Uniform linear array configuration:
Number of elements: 12
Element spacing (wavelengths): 0.25
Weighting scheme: binomial
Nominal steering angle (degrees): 0
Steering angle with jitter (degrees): -1.245
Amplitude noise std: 0.05
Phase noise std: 0.05

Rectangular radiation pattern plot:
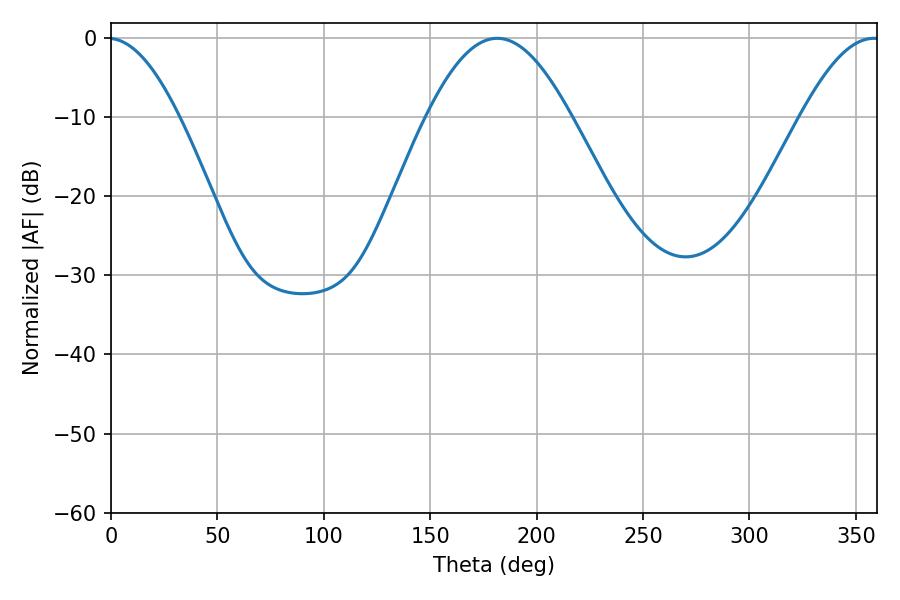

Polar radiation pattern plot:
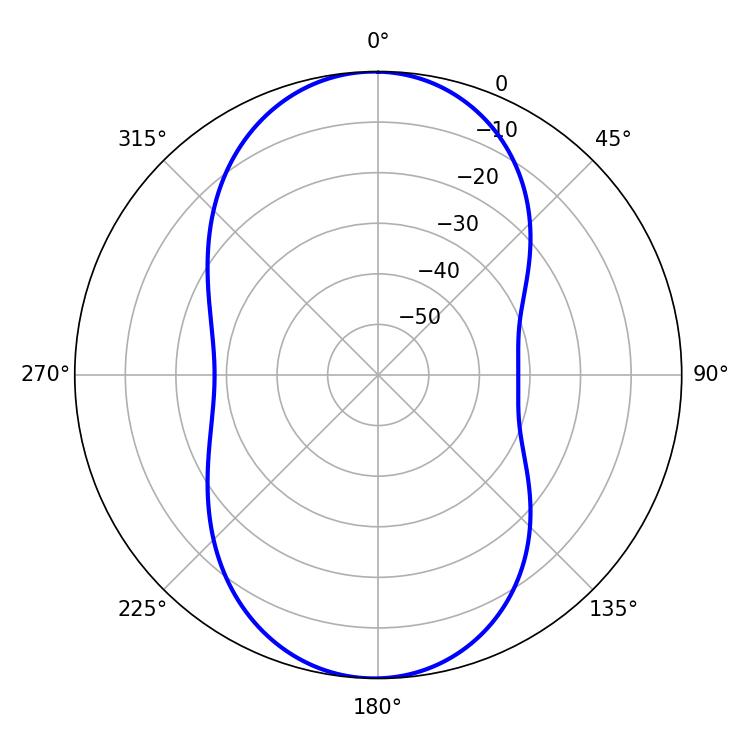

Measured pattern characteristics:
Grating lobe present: FALSE
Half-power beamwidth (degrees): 36.72
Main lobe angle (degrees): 181.44